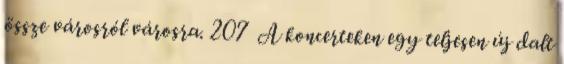
össze városról városra. 207 A koncerteken egy teljesen új dalt